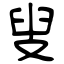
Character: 叟